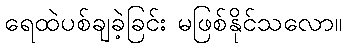
ရေထဲပစ်ချခဲ့ခြင်း မဖြစ်နိုင်သလော။